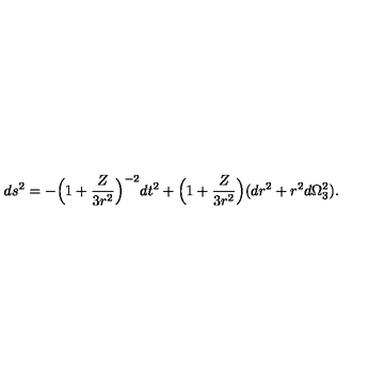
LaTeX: d s ^ { 2 } = - \Big ( 1 + { \frac { Z } { 3 r ^ { 2 } } } \Big ) ^ { - 2 } d t ^ { 2 } + \Big ( 1 + { \frac { Z } { 3 r ^ { 2 } } } \Big ) ( d r ^ { 2 } + r ^ { 2 } d \Omega _ { 3 } ^ { 2 } ) .